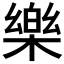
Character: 樂